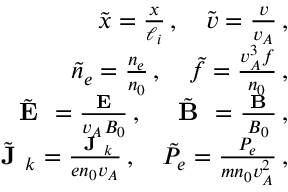
\begin{array} { r l r } & { } & { \tilde { x } = \frac { x } { \ell _ { i } } \, , \quad \tilde { \boldsymbol { v } } = \frac { \boldsymbol { v } } { v _ { A } } \, , } \\ & { } & { \tilde { n } _ { e } = \frac { n _ { e } } { n _ { 0 } } \, , \quad \tilde { f } = \frac { v _ { A } ^ { 3 } f } { n _ { 0 } } \, , } \\ & { } & { \tilde { \textbf { E } } = \frac { \textbf { E } } { v _ { A } B _ { 0 } } \, , \quad \tilde { \textbf { B } } = \frac { \textbf { B } } { B _ { 0 } } \, , } \\ & { } & { \tilde { \textbf { J } } _ { k } = \frac { \textbf { J } _ { k } } { e n _ { 0 } v _ { A } } \, , \quad \tilde { P } _ { e } = \frac { P _ { e } } { m n _ { 0 } v _ { A } ^ { 2 } } \, , } \end{array}